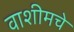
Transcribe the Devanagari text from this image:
वाशीमचे